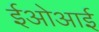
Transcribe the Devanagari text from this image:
ईओआई